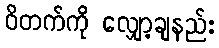
ဝိတက်ကို လျှော့ချနည်း